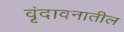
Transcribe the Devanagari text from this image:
वृंदावनातील